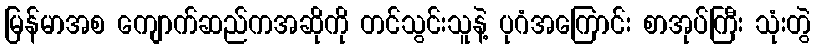
မြန်မာအစ ကျောက်ဆည်ကအဆိုကို တင်သွင်းသူနဲ့ ပုဂံအကြောင်း စာအုပ်ကြီး သုံးတွဲ